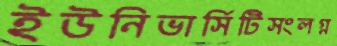
ইউনিভার্সিটিসংলগ্ন